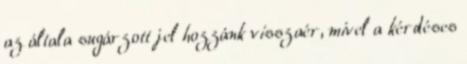
az általa sugárzott jel hozzánk visszaér, mivel a kérdéses